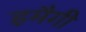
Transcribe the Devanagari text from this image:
इमैगी